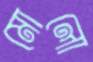
মোলো